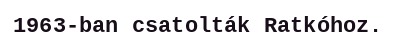
1963-ban csatolták Ratkóhoz.